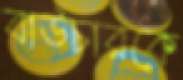
বাউচারকে